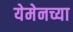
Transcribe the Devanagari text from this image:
येमेनच्या